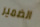
الضمير